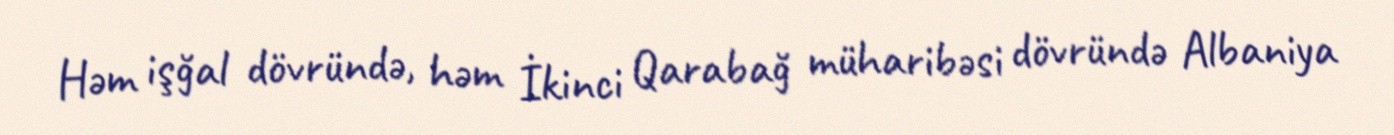
Həm işğal dövründə, həm İkinci Qarabağ müharibəsi dövründə Albaniya